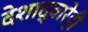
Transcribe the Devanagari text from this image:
देशाद्वारेही